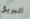
البريق